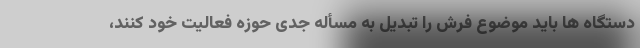
دستگاه ها باید موضوع فرش را تبدیل به مسأله جدی حوزه فعالیت خود کنند،